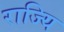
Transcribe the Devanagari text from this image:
राज्यि